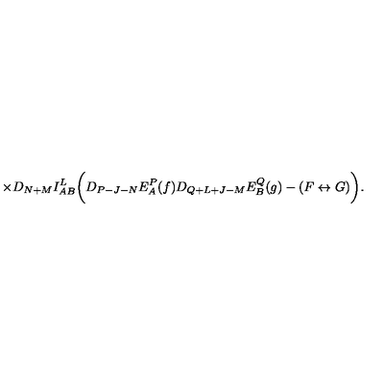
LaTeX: \times D _ { N + M } I _ { A B } ^ { L } \biggl ( D _ { P - J - N } E _ { A } ^ { P } ( f ) D _ { Q + L + J - M } E _ { B } ^ { Q } ( g ) - ( F \leftrightarrow G ) \biggr ) .